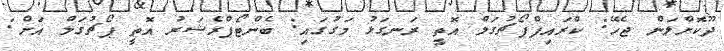
ދޫކޮށްލަން ޖެހޭ: ކްރައިފްޕޯޗުގަލް އޮތީ ރަނގަޅު މަގުގައި: ބެންޓޯޕްރެޝަރު އޮތީ ޕޯޗުގަލް އަށް: